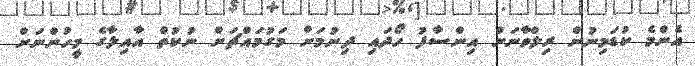
އެންމެ ކުޑަމިނުން ރިލްވާނަށް އިންސާފު ހޯދައި ދިނުމަށް މަގުމައްޗަށް ނުކުތް އާއިލާގެ މީހުންނަށް